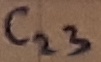
Text: C23